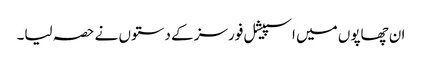
ان چھاپوں میں اسپیشل فورسز کے دستوں نے حصہ لیا۔